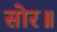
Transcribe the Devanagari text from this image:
सोर॥